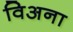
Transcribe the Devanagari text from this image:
विअना